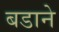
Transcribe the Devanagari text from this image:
बडाने